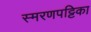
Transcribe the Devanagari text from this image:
स्मरणपट्टिका